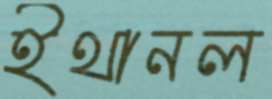
ইথানল